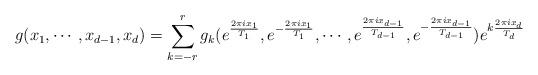
LaTeX: \begin{align*}g(x_1,\cdots,x_{d-1},x_d)=\sum_{k=-r}^rg_k(e^{\frac{2\pi i x_1}{T_1}},e^{-\frac{2\pi i x_1}{T_1}}, \cdots, e^{\frac{2\pi i x_{d-1}}{T_{d-1}}},e^{-\frac{2\pi i x_{d-1}}{T_{d-1}}}) e^{k\frac{2\pi i x_d}{T_d}} \end{align*}